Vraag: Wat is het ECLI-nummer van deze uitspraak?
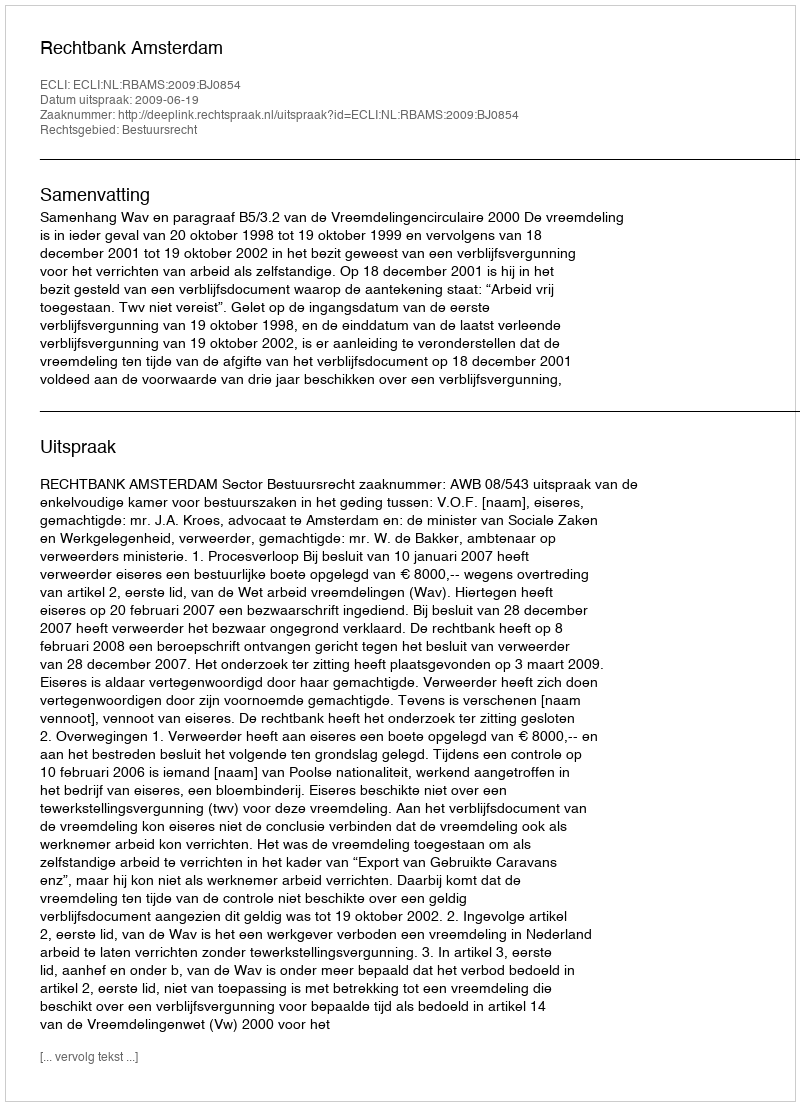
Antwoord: ECLI:NL:RBAMS:2009:BJ0854